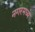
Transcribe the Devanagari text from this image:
नगरमध्ये